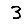
Digit: 3